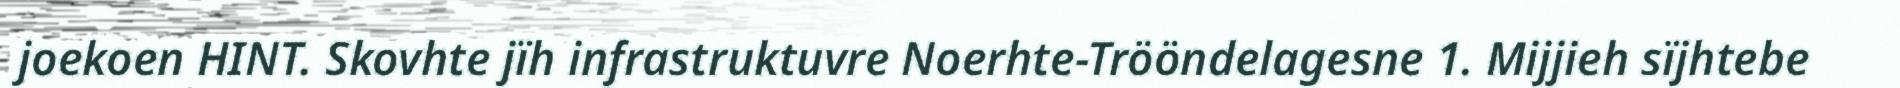
joekoen HINT. Skovhte jïh infrastruktuvre Noerhte-Trööndelagesne 1. Mijjieh sïjhtebe